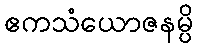
ဧကသံယောဇနမ္ပိ